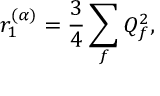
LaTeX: r _ { 1 } ^ { ( \alpha ) } = \frac { 3 } { 4 } \sum _ { f } Q _ { f } ^ { 2 } ,